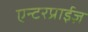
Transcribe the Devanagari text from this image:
एन्टरप्राईज़